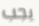
يجب